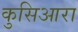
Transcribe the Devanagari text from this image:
कुसिआरा